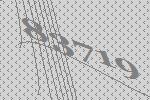
83719